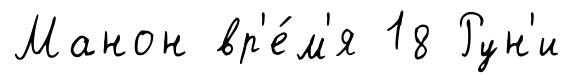
Манон вр'е́м'я 18 Рун'и